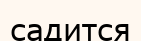
садится